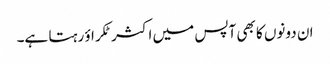
ان دونوں کا بھی آپس میں اکثر ٹکراؤ رہتا ہے۔